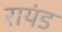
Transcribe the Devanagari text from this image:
रायंड